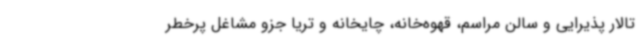
تالار پذیرایی و سالن مراسم، قهوه‌خانه، چایخانه و تریا جزو مشاغل پرخطر